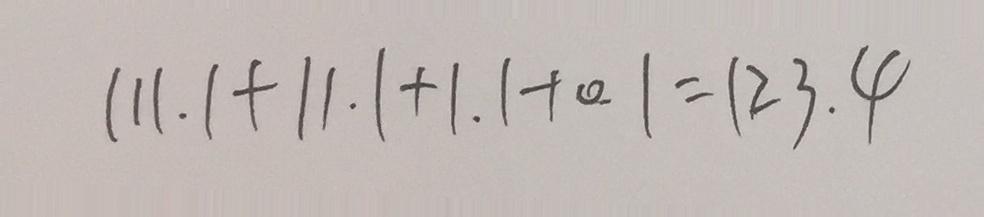
1 1 1 . 1 + 1 1 . 1 + 1 . 1 + 0 . 1 = 1 2 3 . 4